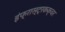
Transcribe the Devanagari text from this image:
इंफ्रास्ट्रकक्चर